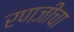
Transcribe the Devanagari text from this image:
रणजीचा